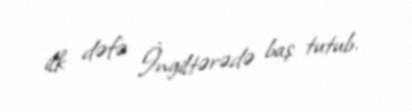
ilk dəfə İngiltərədə baş tutub.